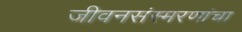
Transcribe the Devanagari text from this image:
जीवनसंस्मरणांचा